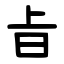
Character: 㫖